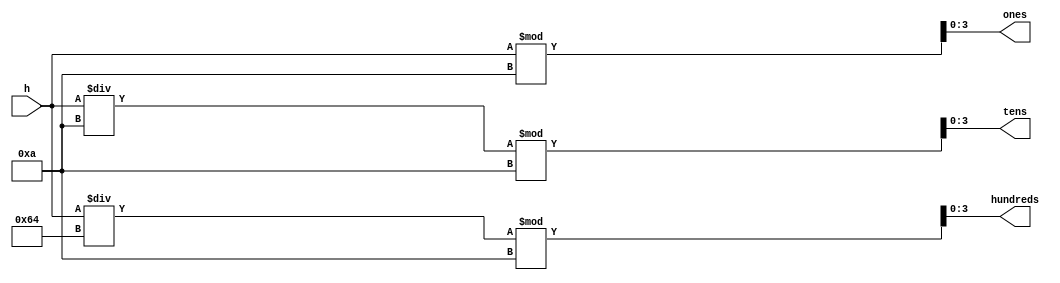
module HexToDec3Digits(h,ones,tens, hundreds);
	input [7:0] h;
	output reg [3:0] ones, tens, hundreds;
		
	always @(h) begin			
		ones[3:0] = (h%10);
		tens[3:0] = (h/10) % 10;
		hundreds[3:0] = (h/100) % 10;
	end
endmodule